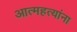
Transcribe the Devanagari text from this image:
आत्महत्यांना